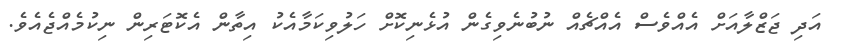
އަދި ޖަޒްލާއަށް އެއްވެސް އެއްޗެއް ނުބުނެވިގެން އުޅެނިކޮށް ހަލުވިކަމާއެކު އިތާން އެކޮޓަރިން ނިކުމެއްޖެއެވެ.